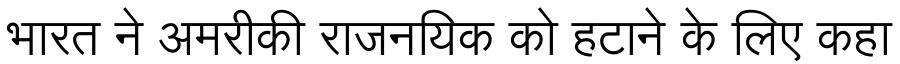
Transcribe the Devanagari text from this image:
भारत ने अमरीकी राजनयिक को हटाने के लिए कहा